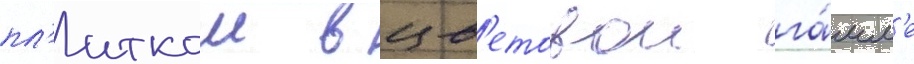
пл'иткои в цв'етовои га́мм'е